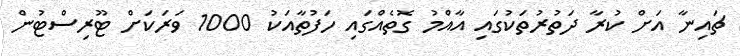
ޗައިނާ އަށް ކުރާ ދަތުރުތަކުގައި އާއްމު ގޮތެއްގައި ހަފުތާއަކު 1000 ވަރަކަށް ޓޫރިސްޓުން